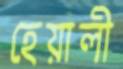
হেয়ালী